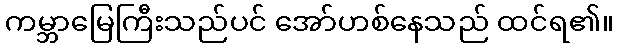
ကမ္ဘာမြေကြီးသည်ပင် အော်ဟစ်နေသည် ထင်ရ၏။